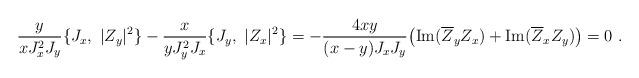
LaTeX: \begin{align*}\frac{y}{xJ_x^2J_y}\{J_x,\ \vert Z_y\vert^2\}-\frac{x}{yJ_y^2J_x}\{J_y,\ \vert Z_x\vert^2\}=-\frac{4xy}{(x-y)J_xJ_y}\big({\mathrm{Im}}(\overline{Z}_yZ_x)+{\mathrm{Im}(\overline{Z}_xZ_y)}\big)=0\ .\end{align*}